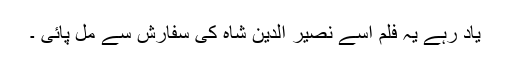
یاد رہے یہ فلم اسے نصیر الدین شاہ کی سفارش سے مل پائی ۔